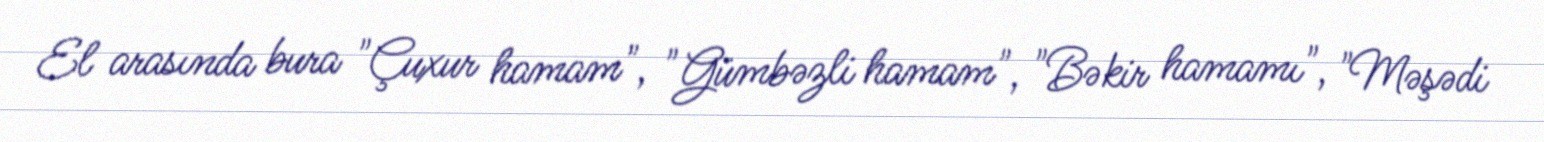
El arasında bura "Çuxur hamam", "Gümbəzli hamam", "Bəkir hamamı", "Məşədi